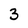
Character: 3